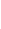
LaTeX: H\! \! \! \! \! \! \! \! \! \! \! \! (s\! \! \! \! \! \! \! \! \! \! \! \! ,t\! \! \! \! \! \! \! \! \! \! \! \! )\! \! \! \! \! \! \! \! \! \! \! \! \neq\! \! \! \! \! \! \! \! \! \! \! \! (\! \! \! \! \! \! \! \! \! \! \! \! 0\! \! \! \! \! \! \! \! \! \! \! \! ,\! \! \! \! \! \! \! \! \! \! \! \! 0\! \! \! \! \! \! \! \! \! \! \! \! )\! \! \! \! \! \! \! \! \! \! \!